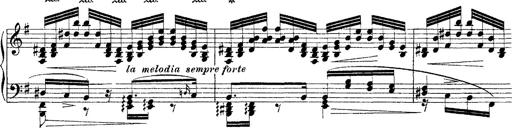
Title: Ã‰tudes d'exÃ©cution transcendante d'aprÃ¨s Paganini
Composer: Franz Liszt